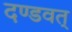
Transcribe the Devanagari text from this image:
दण्डवत्‌